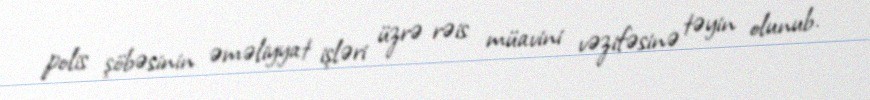
polis şöbəsinin əməliyyat işləri üzrə rəis müavini vəzifəsinə təyin olunub.